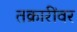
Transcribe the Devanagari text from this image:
तक्रारींवर